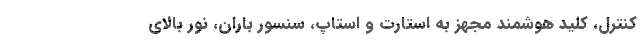
کنترل، کلید هوشمند مجهز به استارت و استاپ، سنسور باران، نور بالای